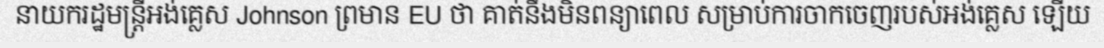
នាយករដ្ឋមន្ត្រីអង់គ្លេស Johnson ព្រមាន EU ថា គាត់នឹងមិនពន្យាពេល សម្រាប់ការចាកចេញរបស់អង់គ្លេស ឡើយ